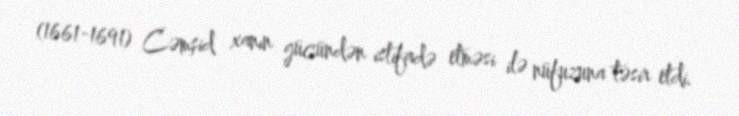
(1661-1691) Cəmşid xanın gücündən istifadə etməsi ilə nüfuzuna təsir etdi.